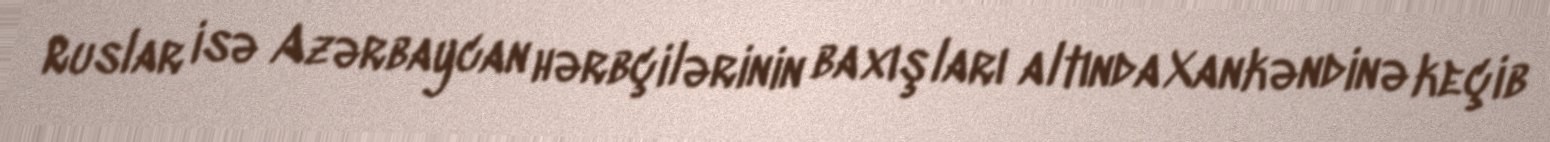
Ruslar isə Azərbaycan hərbçilərinin baxışları altında Xankəndinə keçib